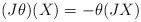
LaTeX: \begin{align*}(J\theta)(X)=-\theta(JX) \end{align*}